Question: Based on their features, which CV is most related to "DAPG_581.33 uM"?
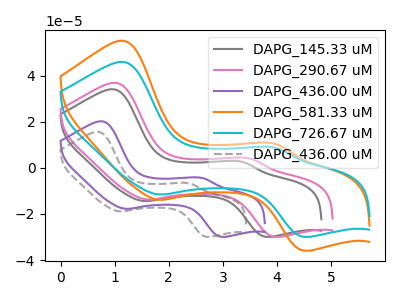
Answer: <think>The gray curve "DAPG_145.33 uM" has anodic peaks at (1.00V, 34.05uA) (3.35V, 2.60uA) and cathodic peaks at (1.55V, -14.40uA) (3.80V, -29.90uA). The pink curve "DAPG_290.67 uM" has anodic peaks at (1.05V, 36.80uA) (3.50V, 4.00uA) and cathodic peaks at (1.60V, -13.75uA) (3.95V, -29.90uA). The purple curve "DAPG_436.00 uM" has anodic peaks at (0.75V, 20.20uA) (2.65V, -4.45uA) and cathodic peaks at (1.20V, -17.80uA) (2.95V, -29.90uA). The orange curve "DAPG_581.33 uM" has anodic peaks at (1.15V, 55.05uA) (3.95V, 10.35uA) and cathodic peaks at (1.85V, -13.85uA) (4.50V, -35.90uA). The cyan curve "DAPG_726.67 uM" has anodic peaks at (1.15V, 45.90uA) (3.95V, 8.65uA) and cathodic peaks at (1.85V, -11.55uA) (4.50V, -29.90uA). The gray dashed curve "DAPG_436.00 uM" has anodic peaks at (0.70V, 15.60uA) (2.40V, -6.80uA) and cathodic peaks at (1.10V, -18.90uA) (2.70V, -29.90uA).
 "DAPG_145.33 uM" and "DAPG_290.67 uM" have at least one peak that do not match. "DAPG_145.33 uM" and "DAPG_436.00 uM" have at least one peak that do not match. "DAPG_145.33 uM" and "DAPG_581.33 uM" have at least one peak that do not match. "DAPG_145.33 uM" and "DAPG_726.67 uM" have at least one peak that do not match. "DAPG_145.33 uM" and "DAPG_436.00 uM" have at least one peak that do not match. "DAPG_290.67 uM" and "DAPG_436.00 uM" have at least one peak that do not match. "DAPG_290.67 uM" and "DAPG_581.33 uM" have at least one peak that do not match. "DAPG_290.67 uM" and "DAPG_726.67 uM" have at least one peak that do not match. "DAPG_290.67 uM" and "DAPG_436.00 uM" have at least one peak that do not match. "DAPG_436.00 uM" and "DAPG_581.33 uM" have at least one peak that do not match. "DAPG_436.00 uM" and "DAPG_726.67 uM" have at least one peak that do not match. "DAPG_436.00 uM" and "DAPG_436.00 uM" have at least one peak that do not match. All the peaks in "DAPG_581.33 uM" have a peak in "DAPG_726.67 uM" at the same potential. Every peak in "DAPG_581.33 uM" is higher than every peak in "DAPG_726.67 uM". "DAPG_581.33 uM" and "DAPG_436.00 uM" have at least one peak that do not match. "DAPG_726.67 uM" and "DAPG_436.00 uM" have at least one peak that do not match.</think>
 <answer>The CV with the most similar shape to "DAPG_726.67 uM" is "DAPG_581.33 uM".</answer>
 <eval>"DAPG_581.33 uM"</eval>